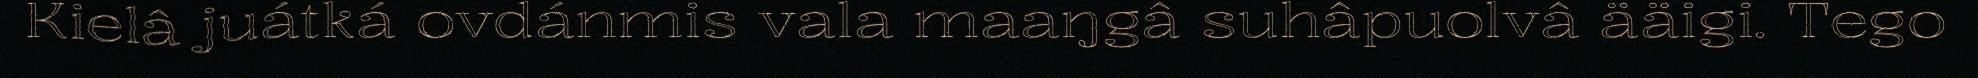
Kielâ juátká ovdánmis vala maaŋgâ suhâpuolvâ ääigi. Tego